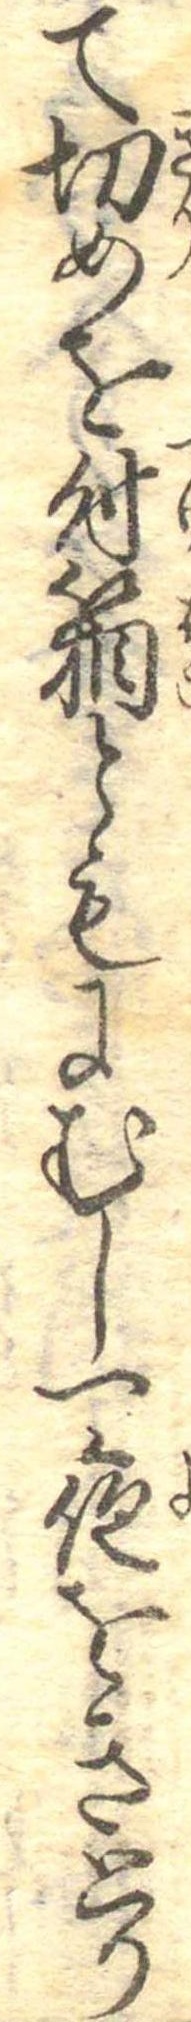
て切めを付箱ともにむし一夜をきとり